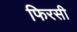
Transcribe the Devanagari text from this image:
फिरसी